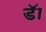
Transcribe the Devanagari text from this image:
डॅा